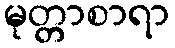
မုတ္တာစာရာ